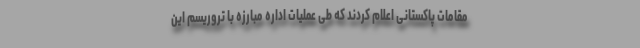
مقامات پاکستانی اعلام کردند که طی عملیات اداره مبارزه با تروریسم این